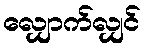
လျှောက်လျှင်